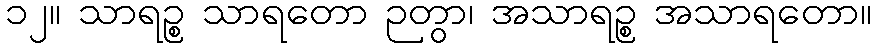
၁၂။ သာရဉ္စ သာရတော ဉတွာ၊ အသာရဉ္စ အသာရတော။